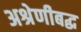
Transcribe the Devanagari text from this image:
अश्रेणीबद्ध